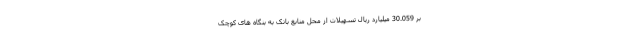
بر 30.059 میلیارد ریال تسهیلات از محل منابع بانک به بنگاه های کوچک